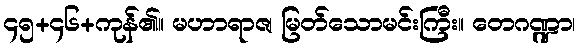
၄၅+၄၆+ကုန်၏။ မဟာရာဇ၊ မြတ်သောမင်းကြီး။ တေဂဏ္ဍာ၊